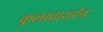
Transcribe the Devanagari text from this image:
कुलाचारहीनः